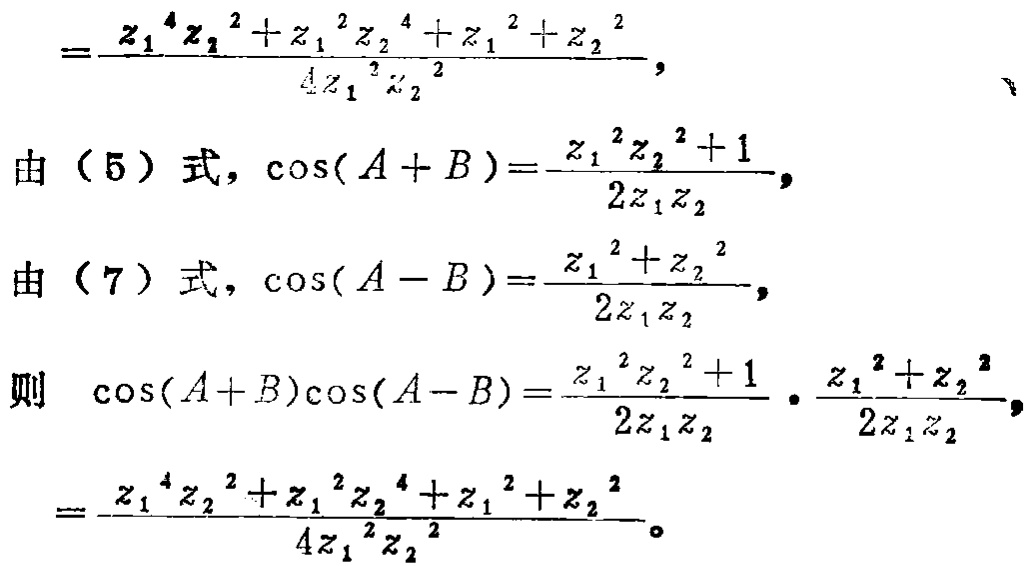
\[
=\frac{z_{1}^{4}z_{2}^{2}+z_{1}^{2}z_{2}^{4}+z_{1}^{2}+z_{2}^{2}}{4z_{1}^{2}z_{2}^{2}},
\]
由（5）式，\(\cos(A + B)=\frac{z_{1}^{2}z_{2}^{2}+1}{2z_{1}z_{2}}\)，
由（7）式，\(\cos(A - B)=\frac{z_{1}^{2}+z_{2}^{2}}{2z_{1}z_{2}}\)，
则 \(\cos(A + B)\cos(A - B)=\frac{z_{1}^{2}z_{2}^{2}+1}{2z_{1}z_{2}}\cdot\frac{z_{1}^{2}+z_{2}^{2}}{2z_{1}z_{2}}\)，
\[
=\frac{z_{1}^{4}z_{2}^{2}+z_{1}^{2}z_{2}^{4}+z_{1}^{2}+z_{2}^{2}}{4z_{1}^{2}z_{2}^{2}}。
\]